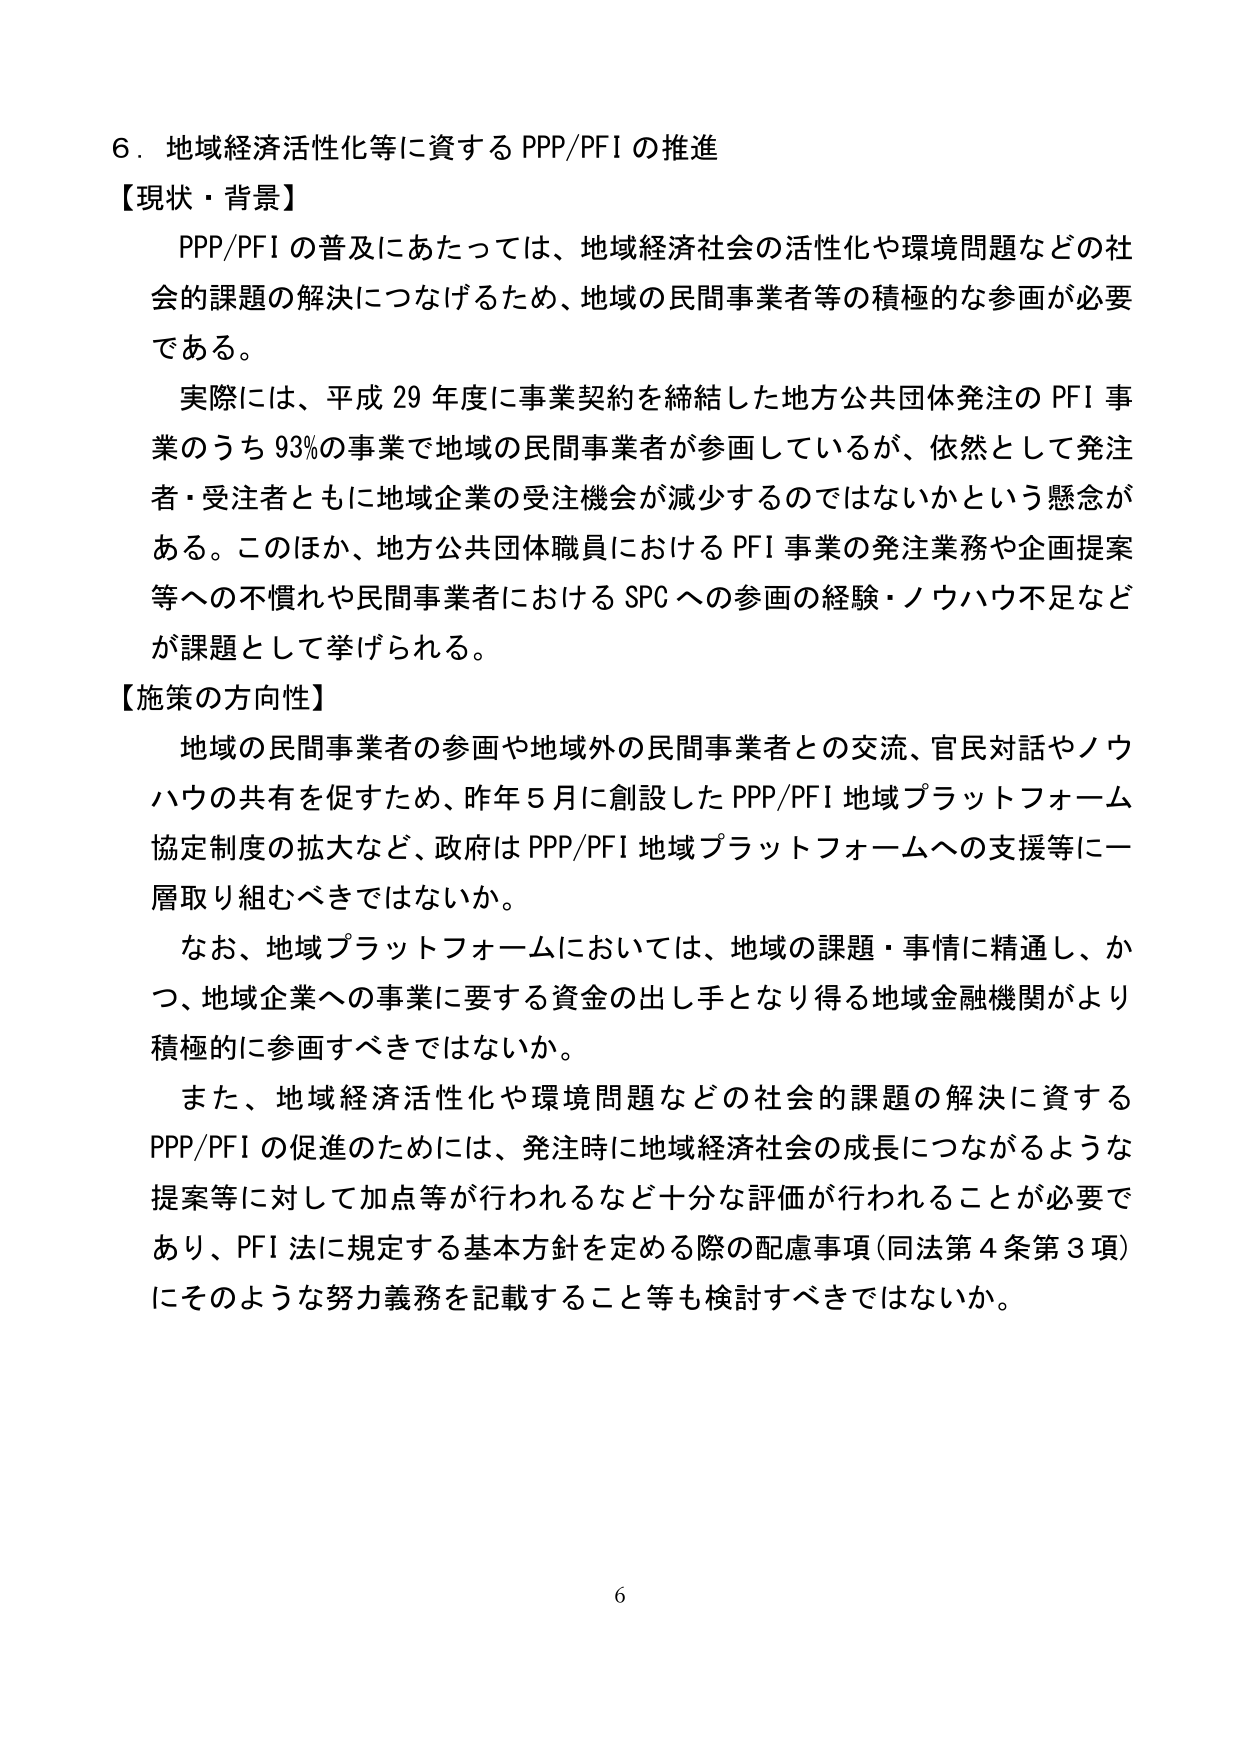
6．地域経済活性化等に資するPPP/PFIの推進
【現状・背景】
　PPP/PFIの普及にあたっては、地域経済社会の活性化や環境問題などの社会的課題の解決につなげるため、地域の民間事業者等の積極的な参画が必要である。
　実際には、平成29年度に事業契約を締結した地方公共団体発注のPFI事業のうち93％の事業で地域の民間事業者が参画しているが、依然として発注者・受注者ともに地域企業の受注機会が減少するのではないかという懸念がある。このほか、地方公共団体職員におけるPFI事業の発注業務や企画提案等への不慣れや民間事業者におけるSPCへの参画の経験・ノウハウ不足などが課題として挙げられる。
【施策の方向性】
　地域の民間事業者の参画や地域外の民間事業者との交流、官民対話やノウハウの共有を促すため、昨年5月に創設したPPP/PFI地域プラットフォーム協定制度の拡大など、政府はPPP/PFI地域プラットフォームへの支援等に一層取り組むべきではないか。
　なお、地域プラットフォームにおいては、地域の課題・事情に精通し、かつ、地域企業への事業に要する資金の出し手となり得る地域金融機関がより積極的に参画すべきではないか。
　また、地域経済活性化や環境問題などの社会的課題の解決に資するPPP/PFIの促進のためには、発注時に地域経済社会の成長につながるような提案等に対して加点等が行われるなど十分な評価が行われることが必要であり、PFI法に規定する基本方針を定める際の配慮事項（同法第4条第3項）にそのような努力義務を記載すること等も検討すべきではないか。
6